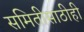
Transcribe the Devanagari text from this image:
समितीसाठीही